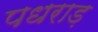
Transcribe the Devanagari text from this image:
पधराड़